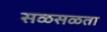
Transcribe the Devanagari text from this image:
सळसळता